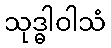
သုဒ္ဓါဝါသံ